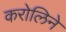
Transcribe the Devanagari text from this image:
करोलिने